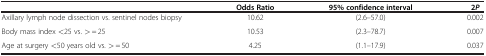
<table><thead><tr><td><b> </b></td><td><b>Odds Ratio</b></td><td><b>95% confidence interval</b></td><td><b>2<i>P</i></b></td></tr></thead><tbody><tr><td>Axillary lymph node dissection vs. sentinel nodes biopsy</td><td>10.62</td><td>(2.6–57.0)</td><td>0.002</td></tr><tr><td>Body mass index &lt;25 vs. &gt; = 25</td><td>10.53</td><td>(2.3–78.7)</td><td>0.007</td></tr><tr><td>Age at surgery &lt;50 years old vs. &gt; = 50</td><td>4.25</td><td>(1.1–17.9)</td><td>0.037</td></tr></tbody></table>